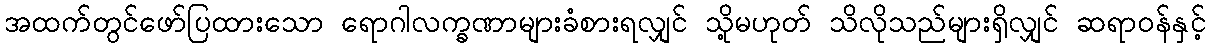
အထက်တွင်ဖော်ပြထားသော ရောဂါလက္ခဏာများခံစားရလျှင် သို့မဟုတ် သိလိုသည်များရှိလျှင် ဆရာဝန်နှင့်